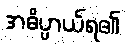
အဓိပ္ပာယ်ရ၏